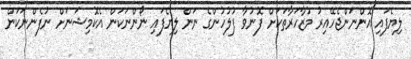
ލިޔެފައި އޮންނަންޖެހޭއިރު މުޒާހަރާތަކަށް ފޮނުވާ ފުލުހުންގެ ނަން ލިޔެފައި ނޯންނަކަން އެކޮމިޝަނަށް ނުފެންނަކަން